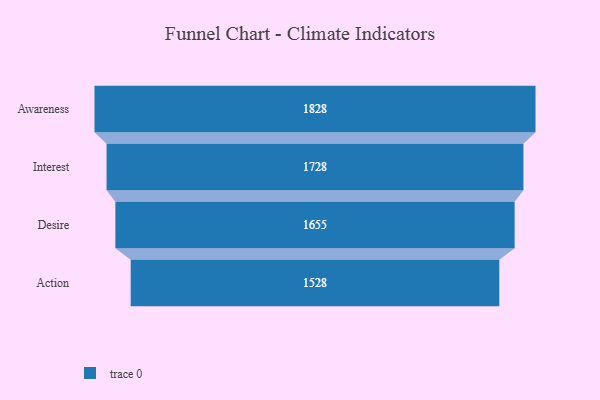
{"axis": {"x": "Stage", "y": "Value"}, "legend": [""], "data": [{"x": "Awareness", "y": 1828.0, "type": ""}, {"x": "Interest", "y": 1728.0, "type": ""}, {"x": "Desire", "y": 1655.0, "type": ""}, {"x": "Action", "y": 1528.0, "type": ""}]}